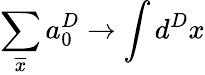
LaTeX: \sum_{\overline{{x}}}a_{0}^{D}\rightarrow\int d^{D}x